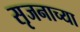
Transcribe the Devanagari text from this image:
सृजनाच्या